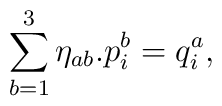
\sum_{b=1}^{3}\eta_{ab}.p^{b}_{i}=q^{a}_{i},